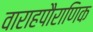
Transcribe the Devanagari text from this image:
वाराहपौराणिक